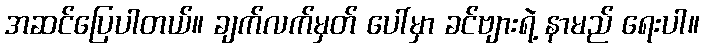
အဆင်ပြေပါတယ်။ ချက်လက်မှတ် ပေါ်မှာ ခင်ဗျားရဲ့ နာမည် ရေးပါ။